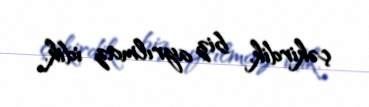
çəkirdik, biz ayrılmaz idik.